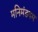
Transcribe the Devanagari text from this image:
मनिमंडपम